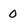
Character: 0